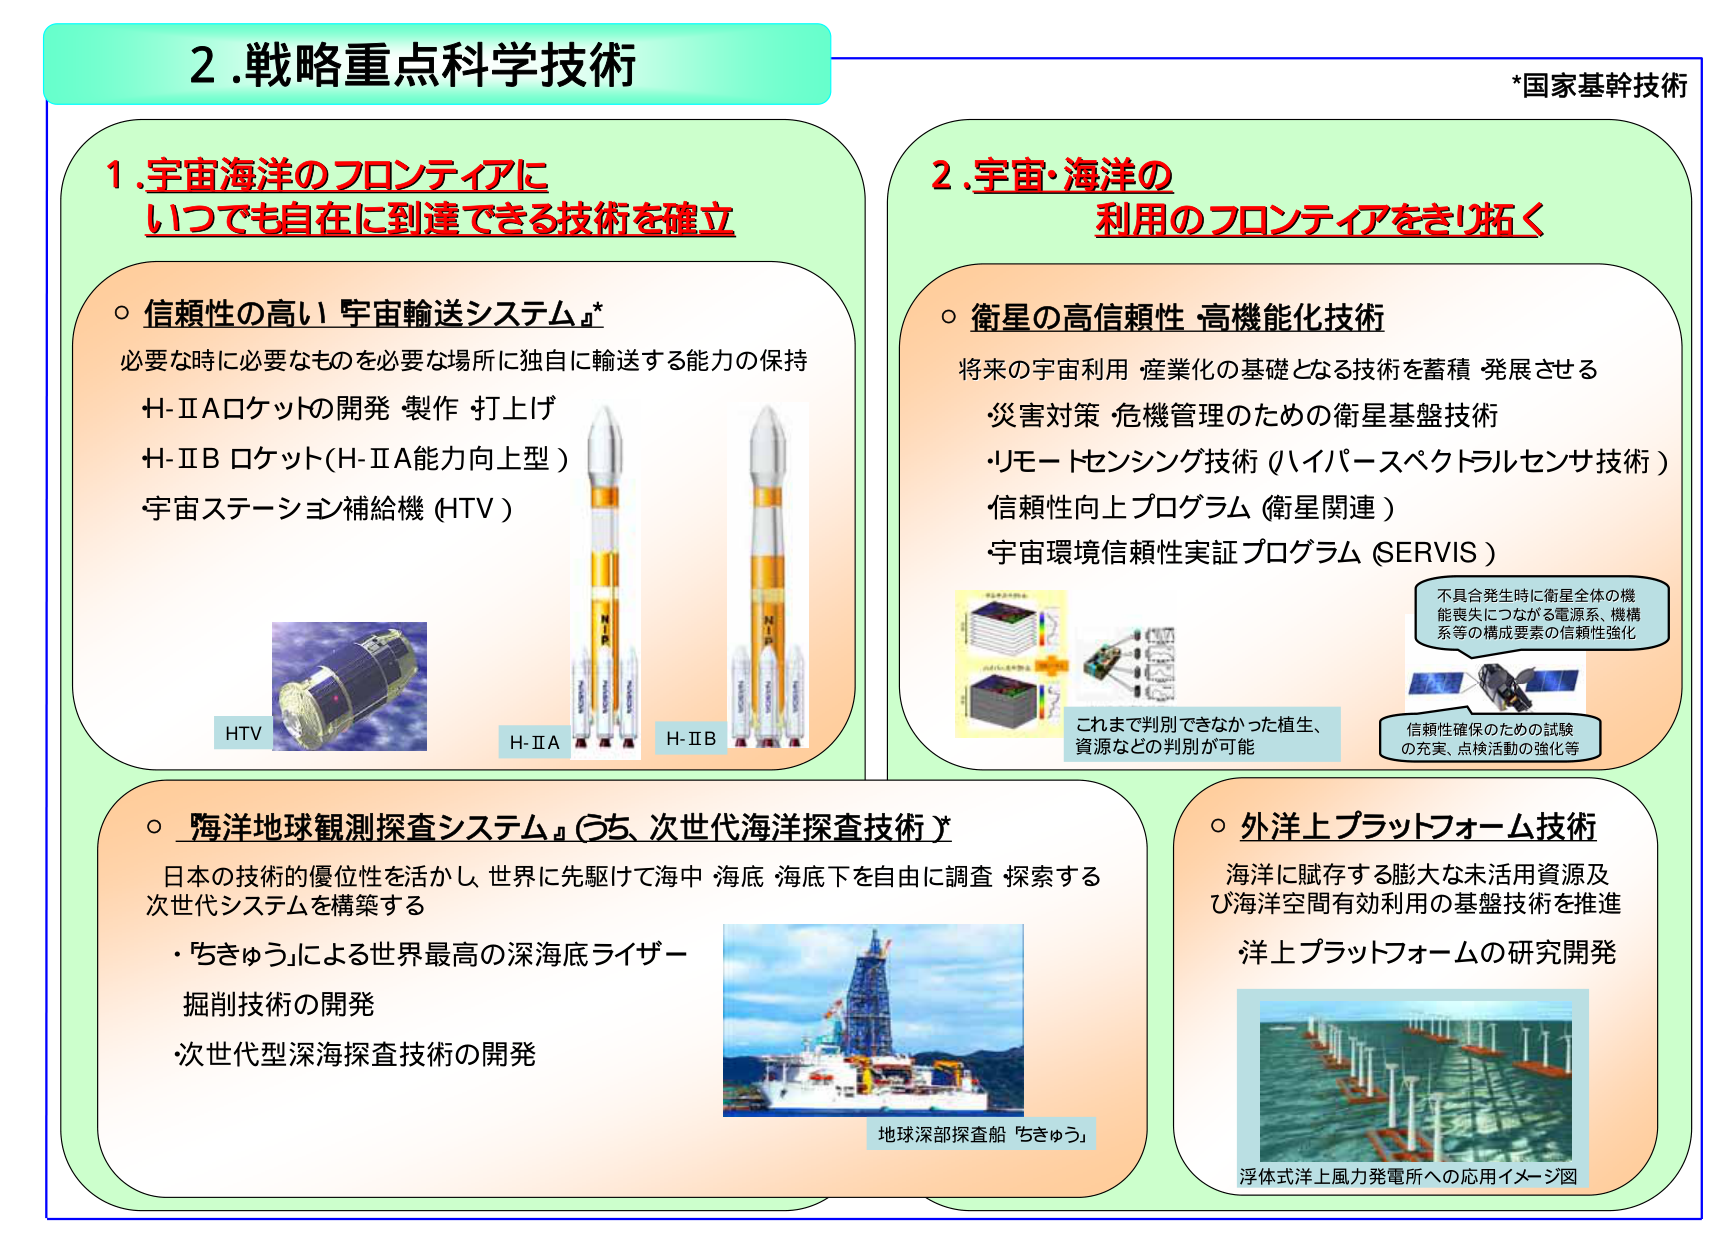
2.戦略重点科学技術

*国家基幹技術

1.宇宙海洋のフロンティアに
いつでも自在に到達できる技術を確立

○ 信頼性の高い「宇宙輸送システム」*
必要な時に必要なものを必要な場所に独自に輸送する能力の保持
H-ⅡAロケットの開発・製作・打上げ
H-ⅡB ロケット（H-ⅡA能力向上型）
宇宙ステーション補給機（HTV）

HTV
H-ⅡA
H-ⅡB

○ 「海洋地球観測探査システム」（うち、次世代海洋探査技術）
日本の技術的優位性を活かし、世界に先駆けて海中・海底・海底下を自由に調査・探索する
次世代システムを構築する
・「ちきゅう」による世界最高の深海底ライザー
掘削技術の開発
・次世代型深海探査技術の開発

地球深部探査船「ちきゅう」

2.宇宙・海洋の
利用のフロンティアをきり拓く

○ 衛星の高信頼性・高機能化技術
将来の宇宙利用・産業化の基礎となる技術を蓄積・発展させる
・災害対策・危機管理のための衛星基盤技術
・リモートセンシング技術（ハイパースペクトラルセンサ技術）
・信頼性向上プログラム（衛星関連）
・宇宙環境信頼性実証プログラム（SERVIS）

これまで判別できなかった植生、
資源などの判別が可能

不具合発生時に衛星全体の機能喪失につながる電源系、機構系等の構成要素の信頼性強化

信頼性確保のための試験
の充実、点検活動の強化等

○ 外洋上プラットフォーム技術
海洋に賦存する膨大な未活用資源及び海洋空間有効利用の基盤技術を推進
洋上プラットフォームの研究開発

浮体式洋上風力発電所への応用イメージ図